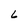
Character: 6